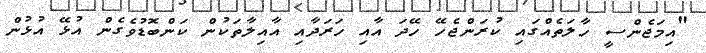
"އިމަޖެންސީ ހާލަތެއްގައި ކުރަންޖެހޭ ހޭދަ އާއި ހަރަދާއި އާއިލާތަކުން ކަންބޮޑުވެގެން އުޅޭ އުޅުން